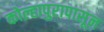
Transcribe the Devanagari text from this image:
कोल्हापुरापासून